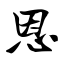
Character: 恩